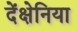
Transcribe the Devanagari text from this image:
देंक्षेनिया